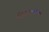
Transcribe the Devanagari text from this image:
चरितार्थाकारिता